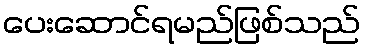
ပေးဆောင်ရမည်ဖြစ်သည်